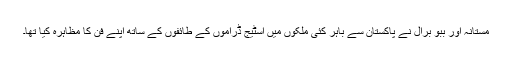
مستانہ اور ببو برال نے پاکستان سے باہر کئی ملکوں میں اسٹیج ڈراموں کے طائفوں کے ساتھ اپنے فن کا مظاہرہ کیا تھا۔